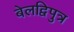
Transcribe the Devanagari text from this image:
बेलद्विपुत्र